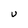
Character: u